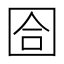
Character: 𡇞